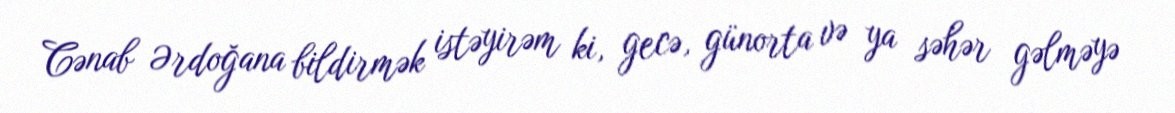
Cənab Ərdoğana bildirmək istəyirəm ki, gecə, günorta və ya səhər gəlməyə